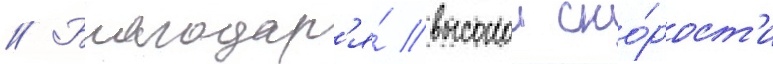
// Благодар'я́ высокои ско́рост'и